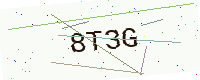
Text: 8T3G